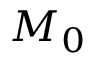
M _ { 0 }